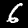
Label: 6